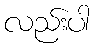
လည်းပါ